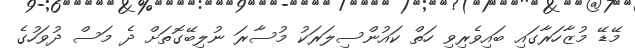
މޭޑޭ މުޒާހަރާގައި ބައިވެރިވި ހަތް ކައުންސިލަރަކު މުސާރަ ނުލިބޭގޮތަށް ދެ މަސް ދުވަހުގެ